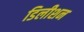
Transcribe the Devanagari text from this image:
डिलीशन